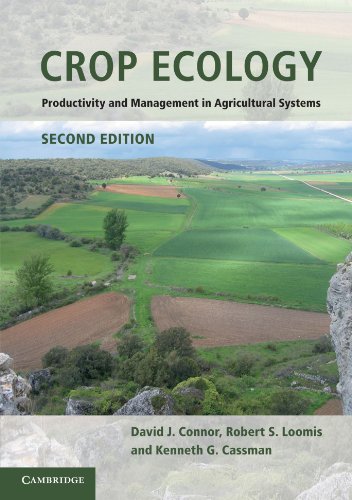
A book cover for Crop Ecology: Productivity and Management in Agricultural Systems; David J. Connor; Science & Math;